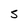
Character: S